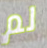
لم